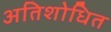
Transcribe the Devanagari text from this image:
अतिशोधित